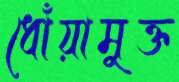
ধোঁয়ামুক্ত